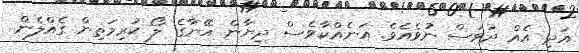
އަދި އެއް ދުވަސް ނުވެއެވެ. އަނެއްކާވެސް ދިޔާން އޭނާގެ ލޯ ކުރިމަތިން ގެއްލެން